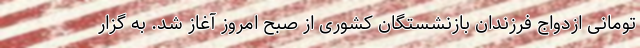
تومانی ازدواج فرزندان بازنشستگان کشوری از صبح امروز آغاز شد. به گزار